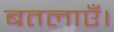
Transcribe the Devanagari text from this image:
बतलाएँ।